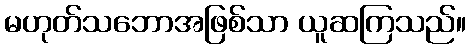
မဟုတ်သဘောအဖြစ်သာ ယူဆကြသည်။